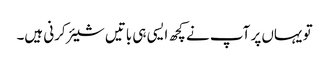
تو یہاں پر آپ نے کچھ ایسی ہی باتیں شیئر کرنی ہیں۔